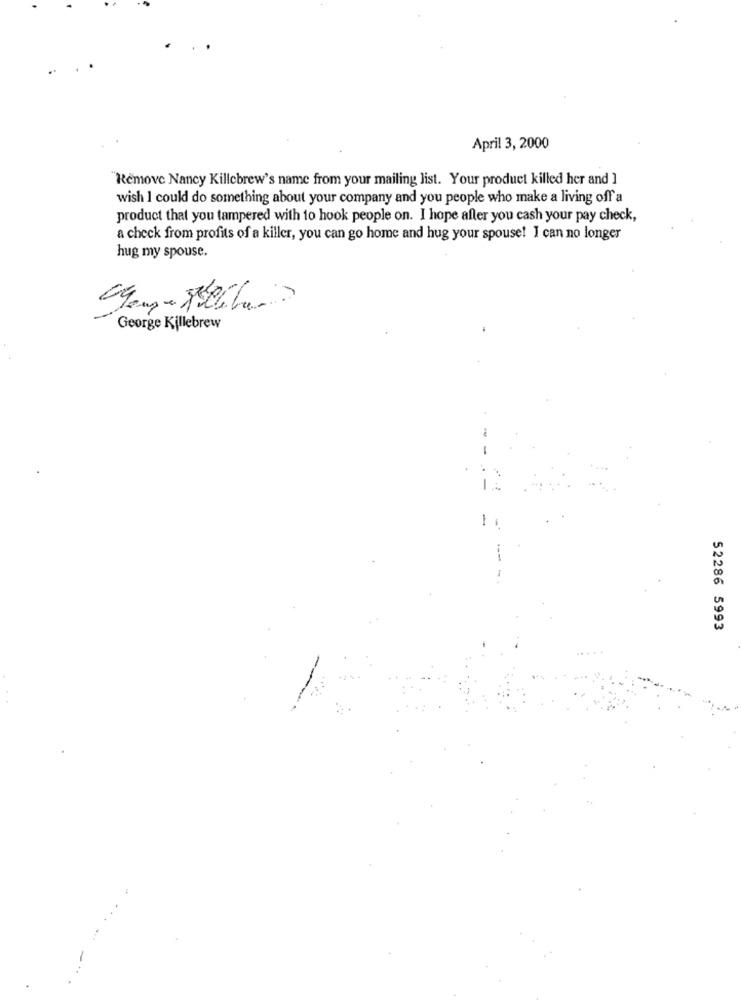
April 3, 2000
'Remove Nancy Killebrew's name from your mailing list. Your product killed her and ]
wish I could do something about your company and you people who make a living off a
product that you tampered with to hook people on. I hope after you cash your pay check,
a check from profits of a killer, you can go home and hug your spouse! I can no longer
hug my spouse.
George Killebrew
52286 5993